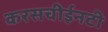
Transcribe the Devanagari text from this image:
करसचीईनटी